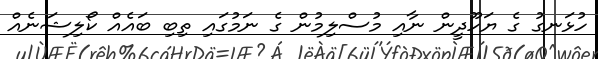
ހުޅަނގު ގެ ޔަހޫދީން ނާއި މުސްލިމުން ގެ ނަމުގައި ތިބި ބައެއް ކޯލިޝަނެއް